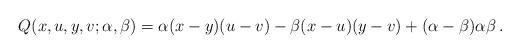
LaTeX: \begin{align*}Q(x,u,y,v;\alpha,\beta)=\alpha(x-y)(u-v)-\beta(x-u)(y-v)+(\alpha-\beta)\alpha\beta\,.\end{align*}